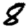
Digit: 8